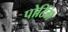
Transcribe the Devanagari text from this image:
पोटिंग